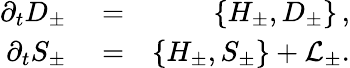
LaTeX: \begin{array}{rlr}{\partial_{t}D_{\pm}}&{{}=}&{\{ H_{\pm},D_{\pm}\} \, ,}\\ {\partial_{t}S_{\pm}}&{{}=}&{\{ H_{\pm},S_{\pm}\} +\mathcal{L}_{\pm}.}\end{array}